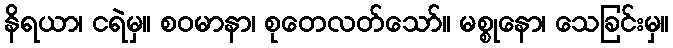
နိရယာ၊ ငရဲမှ။ စဝမာနာ၊ စုတေလတ်သော်။ မစ္စုနော၊ သေခြင်းမှ။